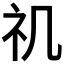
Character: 𥘌